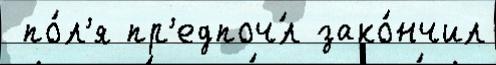
 по́л'я пр'едпоч́л зако́нчил